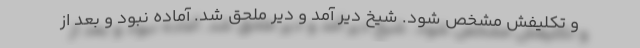
و تکلیفش مشخص شود. شیخ دیر آمد و دیر ملحق شد. آماده نبود و بعد از